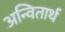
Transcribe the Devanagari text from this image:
अन्वितार्थ